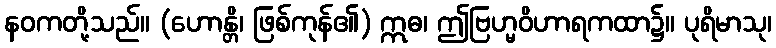
နဝကတို့သည်။ (ဟောန္တိ၊ ဖြစ်ကုန်၏) ဣဓ၊ ဤဗြဟ္မဝိဟာရကထာ၌။ ပုရိမာသု၊